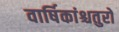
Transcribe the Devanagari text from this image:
वार्षिकांश्चतुरो